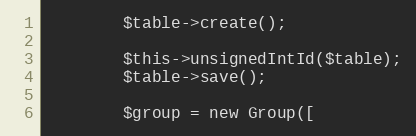
Language: PHP
        $table->create();

        $this->unsignedIntId($table);
        $table->save();

        $group = new Group([